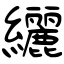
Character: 纚